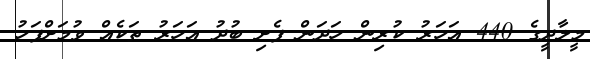
މީލާދީގެ 440 އަހަރު ކުރިން ހަދަން ފެށި ބުދު އަހަރު ތަކެއް ވުމަށްފަހު